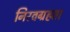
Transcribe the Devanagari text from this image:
निरवग्रहता